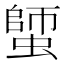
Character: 𧏍